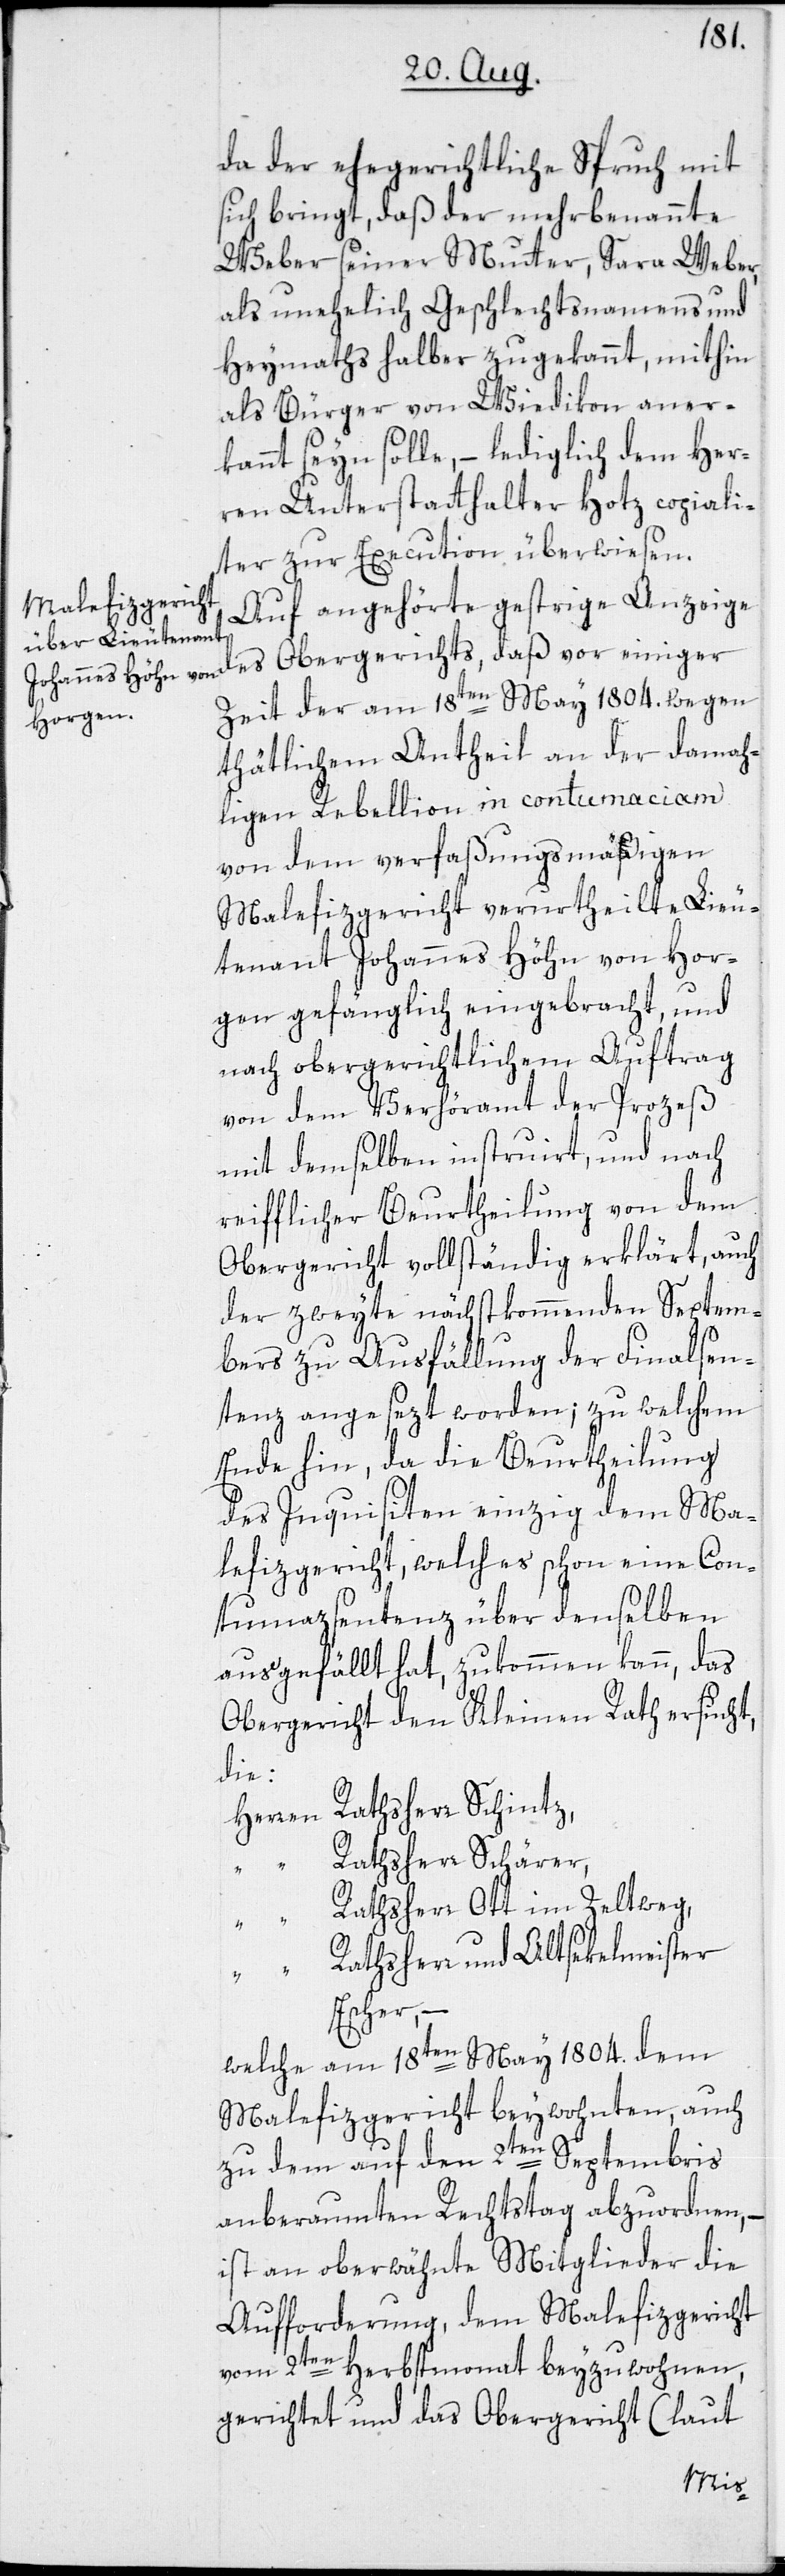
da der ehegerichtliche Spruch mit
sich bringt, daß der mehrbenannte
Weber seiner Mutter, Sara Weber,
als unehelich Geschlechtsnamens und
Heymaths halber zugekannt, mithin
als Bürger von Wiedikon aner¬
kannt seyn solle, – lediglich dem Her¬
ren Unterstatthalter Hotz copiali¬
ter zur Execution überwiesen.
Auf angehörte gestrige Anzeige
des Obergerichts, daß vor einiger
Zeit der am 18ten May 1804. wegen
thätlichem Antheil an der damah¬
ligen Rebellion in contumaciam
von dem verfaßungsmäßigen
Malefizgericht verurtheilte Lieu¬
tenant Johannes Höhn von Hor¬
gen gefänglich eingebracht, und
nach obergerichtlichem Auftrag
von dem Verhöramt der Prozeß
mit demselben instruirt, und nach
reifflicher Beurtheilung von dem
Obergericht vollständig erklärt, auch
der zweyte nächstkommenden Septem¬
bers zur Ausfällung der Finalsen¬
tenz angesezt worden; zu welchem
Ende hin, da die Beurtheilung
des Inquisiten einzig dem Ma¬
lefizgericht, welches schon eine Con¬
tumazsentenz über denselben
ausgefällt hat, zukommen kann, das
Obergericht den Kleinen Rath ersucht,
die:
Herren Rathsherr Schintz,
Rathsherr Schärer,
Rathsherr Ott im Zeltweg,
Escher;
welche am 18ten May 1804. dem
Malefizgericht beywohnten, auch
zu dem auf den 2ten Septembris
anberaumten Rechtstag abzuordnen, –
ist an oberwähnte Mitglieder die
Aufforderung, dem Malefizgericht
vom 2ten Herbstmonat beyzuwohnen,
gerichtet und das Obergericht (laut